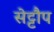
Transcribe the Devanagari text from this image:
सेट्टौप